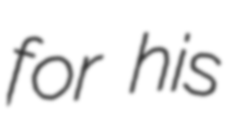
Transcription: for his